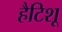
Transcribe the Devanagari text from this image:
हैटिशू